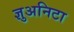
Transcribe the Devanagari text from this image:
ज्ञुअनिटा